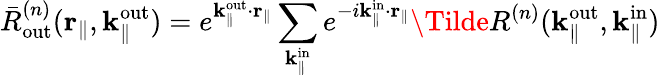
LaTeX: \bar{R}_{\mathrm{out}}^{(n)}(\mathbf{r}_{\parallel},\mathbf{k}_{\parallel}^{\mathrm{out}})=e^{\mathbf{k}_{\parallel}^{\mathrm{out}}\cdot\mathbf{r}_{\parallel}}\sum_{\mathbf{k}_{\parallel}^{\mathrm{in}}}e^{-i\mathbf{k}_{\parallel}^{\mathrm{in}}\cdot\mathbf{r}_{\parallel}}\Tilde{R}^{(n)}({\mathbf{k}_{\parallel}^{\mathrm{out}}},\mathbf{k}_{\parallel}^{\mathrm{in}})